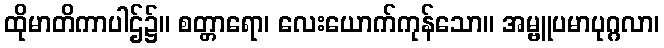
ထိုမာတိကာပါဌ်၌။ စတ္တာရော၊ လေးယောက်ကုန်သော။ အမ္ဗူပမာပုဂ္ဂလာ၊